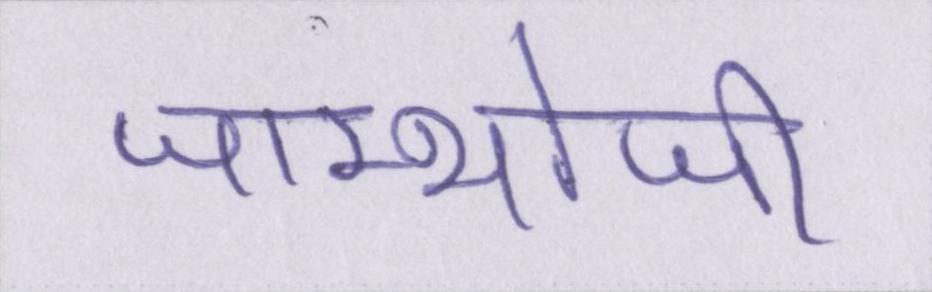
जाम्भोजी